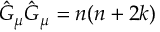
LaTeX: \hat { G } _ { \mu } \hat { G } _ { \mu } = n ( n + 2 k )